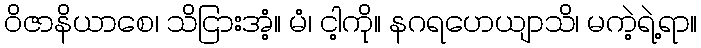
ဝိဇာနိယာစေ၊ သိငြားအံ့။ မံ၊ ငါ့ကို။ နဂရဟေယျာသိ၊ မကဲ့ရဲ့ရာ။